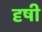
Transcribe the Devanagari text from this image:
दृषी